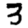
Digit: 3